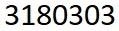
3180303